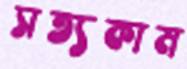
সত্যকাম